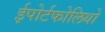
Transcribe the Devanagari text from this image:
ईपोर्टफोलियो